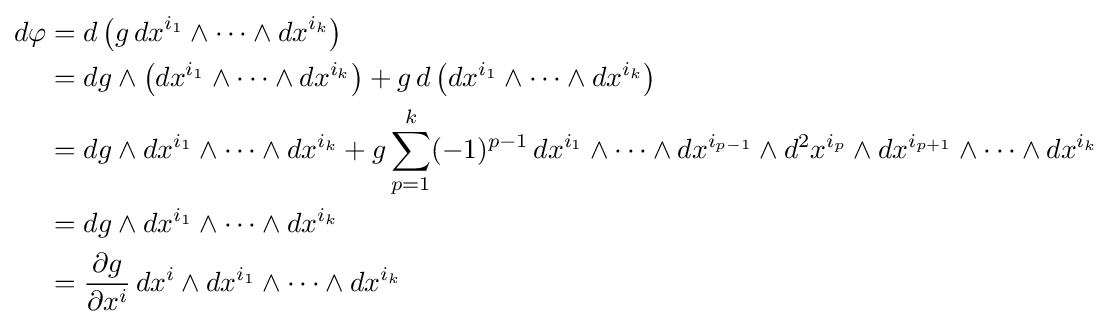
{\begin{aligned}d{\varphi }&=d\left(g\,dx^{i_{1}}\wedge \cdots \wedge dx^{i_{k}}\right)\\&=dg\wedge \left(dx^{i_{1}}\wedge \cdots \wedge dx^{i_{k}}\right)+g\,d\left(dx^{i_{1}}\wedge \cdots \wedge dx^{i_{k}}\right)\\&=dg\wedge dx^{i_{1}}\wedge \cdots \wedge dx^{i_{k}}+g\sum _{p=1}^{k}(-1)^{p-1}\,dx^{i_{1}}\wedge \cdots \wedge dx^{i_{p-1}}\wedge d^{2}x^{i_{p}}\wedge dx^{i_{p+1}}\wedge \cdots \wedge dx^{i_{k}}\\&=dg\wedge dx^{i_{1}}\wedge \cdots \wedge dx^{i_{k}}\\&={\frac {\partial g}{\partial x^{i}}}\,dx^{i}\wedge dx^{i_{1}}\wedge \cdots \wedge dx^{i_{k}}\\\end{aligned}}